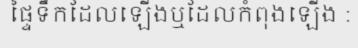
ផ្ទៃទឹកដែលឡើងឬដែលកំពុងឡើង :